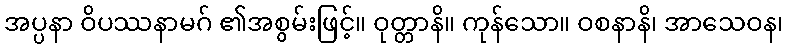
အပ္ပနာ ဝိပဿနာမဂ် ၏အစွမ်းဖြင့်။ ဝုတ္တာနိ။ ကုန်သော။ ဝစနာနိ၊ အာသေဝန၊